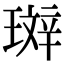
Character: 𤨘